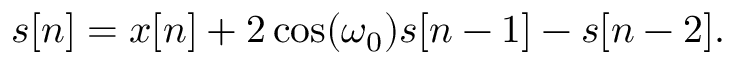
s [ n ] = x [ n ] + 2 \cos ( \omega _ { 0 } ) s [ n - 1 ] - s [ n - 2 ] .